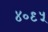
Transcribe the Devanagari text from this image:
४०९५